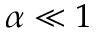
\alpha \ll 1